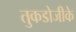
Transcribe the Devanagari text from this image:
तुकडोजीके